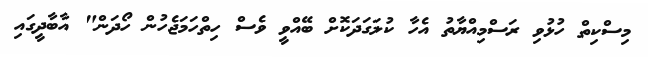
މިސްކިތް ހުޅުވި ރަސްމިއްޔާތު އެހާ ކުލަގަދަކޮށް ބޭއްވީ ވެސް ހިތްހަމަޖެހުން ހޯދަން" އާބާދީގައި